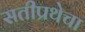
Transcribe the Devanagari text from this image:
सतीप्रथेचा